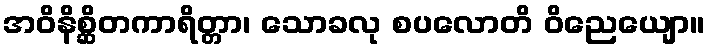
အဝိနိစ္ဆိတကာရိတ္တာ၊ သောခလု စပလောတိ ဝိညေယျော။